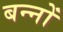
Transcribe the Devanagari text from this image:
बन्नों